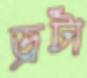
ড্রটা